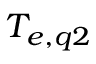
T _ { e , q 2 }